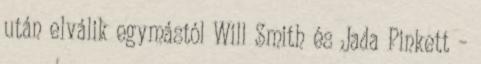
után elválik egymástól Will Smith és Jada Pinkett –